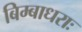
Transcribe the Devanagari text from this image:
बिम्बाधराः